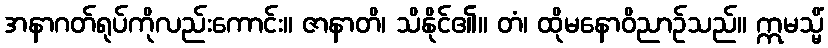
အနာဂတ်ရုပ်ကိုလည်းကောင်း။ ဇာနာတိ၊ သိနိုင်၏။ တံ၊ ထိုမနောဝိညာဉ်သည်။ ဣမသ္မိံ